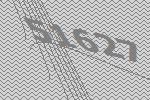
51627